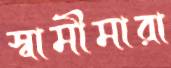
স্বামীমারা